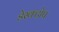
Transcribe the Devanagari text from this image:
डेस्क्टोप